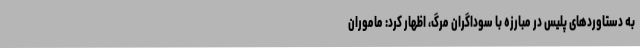
به دستاوردهای پلیس در مبارزه با سوداگران مرگ، اظهار کرد: ماموران